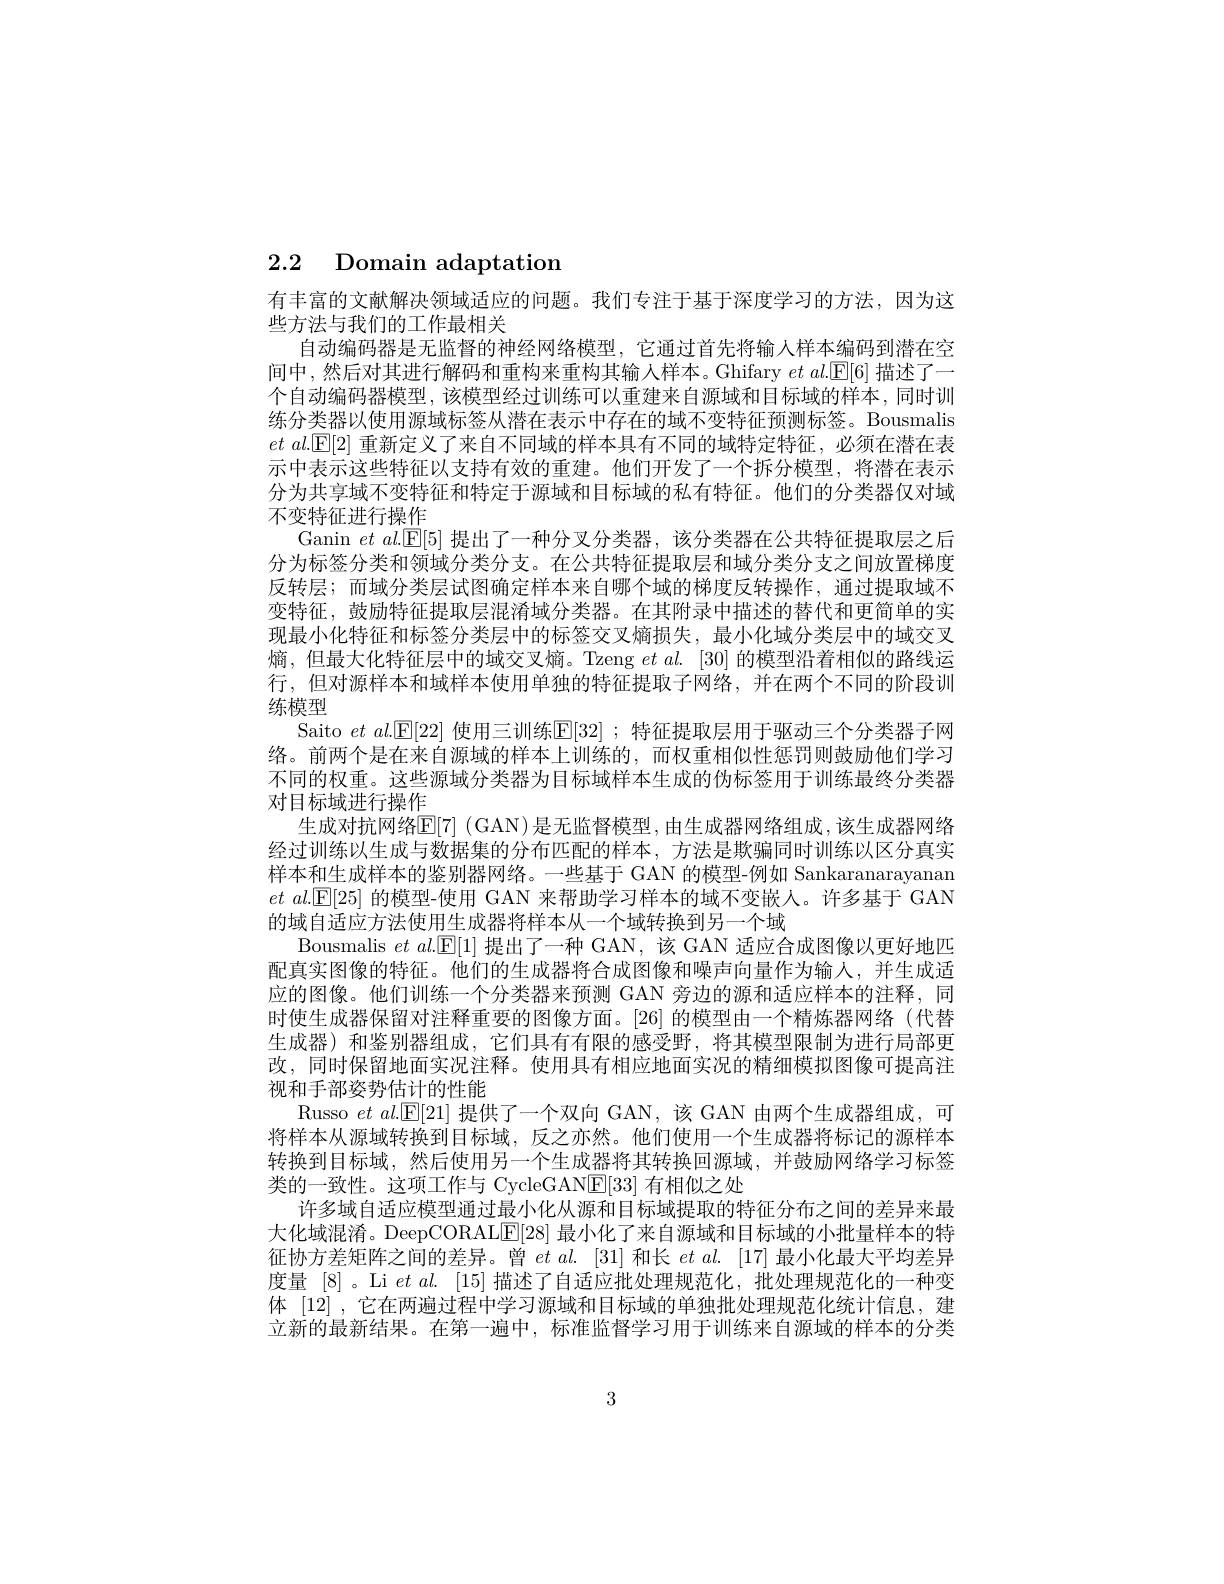
# 2.2 Domain adaptation

有丰富的文献解决领域适应的问题。我们专注于基于深度学习的方法，因为这
些方法与我们的工作最相关
自动编码器是无监督的神经网络模型，它通过首先将输人样本编码到潜在空间中，然后对其进行解码和重构来重构其输人样本。Ghifary $et\textit{ al. [ E[ 6] 描 述 了 一 }$ 个自动编码器模型，该模型经过训练可以重建来自源域和目标域的样本，同时训练分类器以使用源域标签从潜在表示中存在的域不变特征预测标签。Bousmalis $et~al.\boxed{\mathbb{E}[2]}~$重新定义了来自不同域的样本具有不同的域特定特征，必须在潜在表示中表示这些特征以支持有效的重建。他们开发了一个拆分模型，将潜在表示分为共享域不变特征和特定于源域和目标域的私有特征。他们的分类器仅对域不变特征进行操作
Ganin $et\textit{ al. [ E[ 5] 提 出 了 一 种 分 叉 分 类 器 , 该 分 类 器 在 公 共 特 征 提 取 层 之 后 }$ 分为标签分类和领域分类分支。在公共特征提取层和域分类分支之间放置梯度反转层；而域分类层试图确定样本来自哪个域的梯度反转操作，通过提取域不变特征，鼓励特征提取层混淆域分类器。在其附录中描述的替代和更简单的实现最小化特征和标签分类层中的标签交叉熵损失，最小化域分类层中的域交叉熵，但最大化特征层中的域交叉熵。Tzeng $etal.$ [30]的模型沿着相似的路线运行，但对源样本和域样本使用单独的特征提取子网络，并在两个不同的阶段训练模型
Saito $et$ $al.[\mathbb{E}[22]$使用三训练E[32] ; 特征提取层用于驱动三个分类器子网络。前两个是在来自源域的样本上训练的，而权重相似性惩罚则鼓励他们学习不同的权重。这些源域分类器为目标域样本生成的伪标签用于训练最终分类器对目标域进行操作
生成对抗网络E[ 7] ( GAN) 是无监督模型，由生成器网络组成，该生成器网络经过训练以生成与数据集的分布匹配的样本，方法是欺骗同时训练以区分真实样本和生成样本的鉴别器网络。一些基于 GAN 的模型-例如 Sankaranarayanan $etal.[\mathsf{E}[25]$的模型-使用 GAN 来帮助学习样本的域不变嵌人。许多基于 GAN 的域自适应方法使用生成器将样本从一个域转换到另一个域
Bousmalis $et$ $al.[\mathbb{E}[1]$提出了一种 GAN, 该 GAN 适应合成图像以更好地匹配真实图像的特征。他们的生成器将合成图像和噪声向量作为输人，并生成适应的图像。他们训练一个分类器来预测 GAN 旁边的源和适应样本的注释，同时使生成器保留对注释重要的图像方面。[26]的模型由一个精炼器网络(代替生成器)和鉴别器组成，它们具有有限的感受野，将其模型限制为进行局部更改，同时保留地面实况注释。使用具有相应地面实况的精细模拟图像可提高注视和手部姿势估计的性能
Russo $et$ $al.\boxed{\mathrm{E}}[21]$提供了一个双向 GAN,该 GAN 由两个生成器组成，可将样本从源域转换到目标域，反之亦然。他们使用一个生成器将标记的源样本转换到目标域，然后使用另一个生成器将其转换回源域，并鼓励网络学习标签类的一致性。这项工作与 CycleGANE[33] 有相似之处
许多域自适应模型通过最小化从源和目标域提取的特征分布之间的差异来最大化域混淆。DeepCORAL[E[28] 最小化了来自源域和目标域的小批量样本的特征协方差矩阵之间的差异。曾$et\textit{al. [ 31] 和 长 }et\textit{al. [ 17] 最 小 化 最 大 平 均 差 异 }$ 度量[8]。Li $et\textit{al. }[ 15]$描述了自适应批处理规范化，批处理规范化的一种变体[12] ,它在两遍过程中学习源域和目标域的单独批处理规范化统计信息，建立新的最新结果。在第一遍中，标准监督学习用于训练来自源域的样本的分类

3